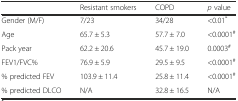
<table><thead><tr><td></td><td><b>Resistant smokers</b></td><td><b>COPD</b></td><td><b><i>p</i> value</b></td></tr></thead><tbody><tr><td>Gender (M/F)</td><td>7/23</td><td>34/28</td><td>&lt;0.01<sup>*</sup></td></tr><tr><td>Age</td><td>65.7 ± 5.3</td><td>57.7 ± 7.0</td><td>&lt;0.0001<sup>#</sup></td></tr><tr><td>Pack year</td><td>62.2 ± 20.6</td><td>45.7 ± 19.0</td><td>0.0003<sup>#</sup></td></tr><tr><td>FEV1/FVC%</td><td>76.9 ± 5.9</td><td>29.5 ± 9.5</td><td>&lt;0.0001<sup>#</sup></td></tr><tr><td>% predicted FEV</td><td>103.9 ± 11.4</td><td>25.8 ± 11.4</td><td>&lt;0.0001<sup>#</sup></td></tr><tr><td>% predicted DLCO</td><td>N/A</td><td>32.8 ± 16.5</td><td>N/A</td></tr></tbody></table>